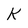
Character: K